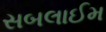
સબલાઈમ